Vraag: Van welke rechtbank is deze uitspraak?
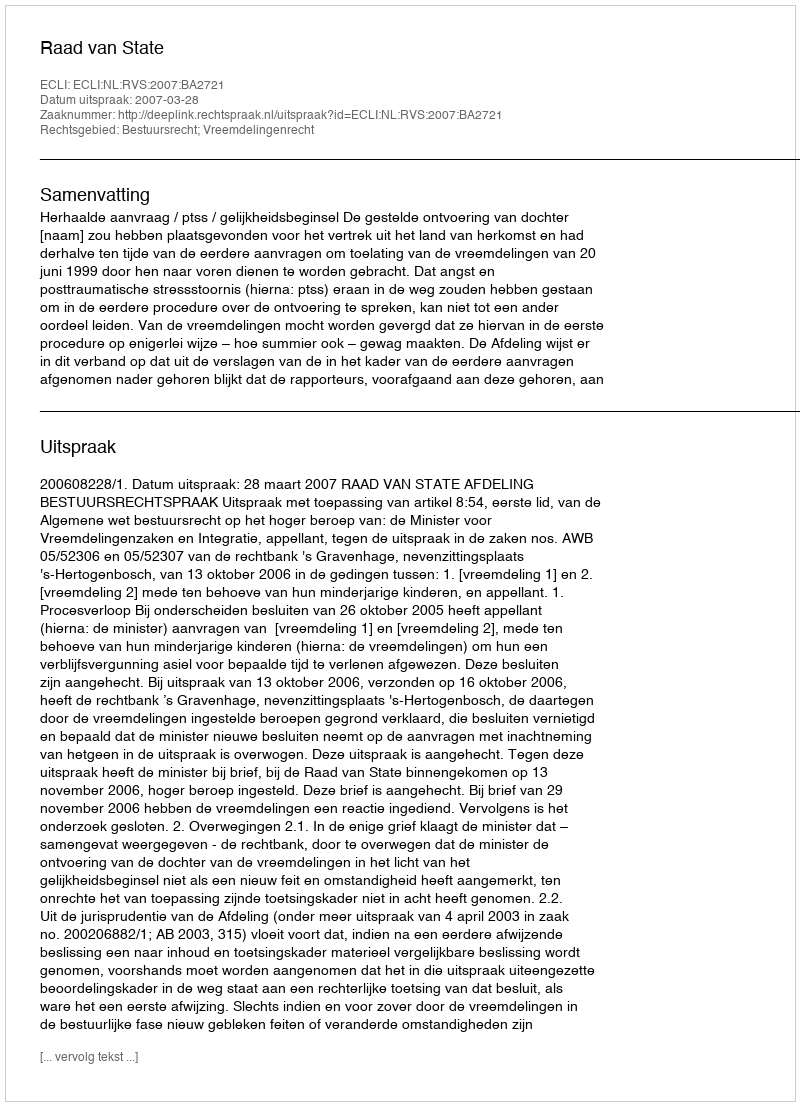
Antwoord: Raad van State